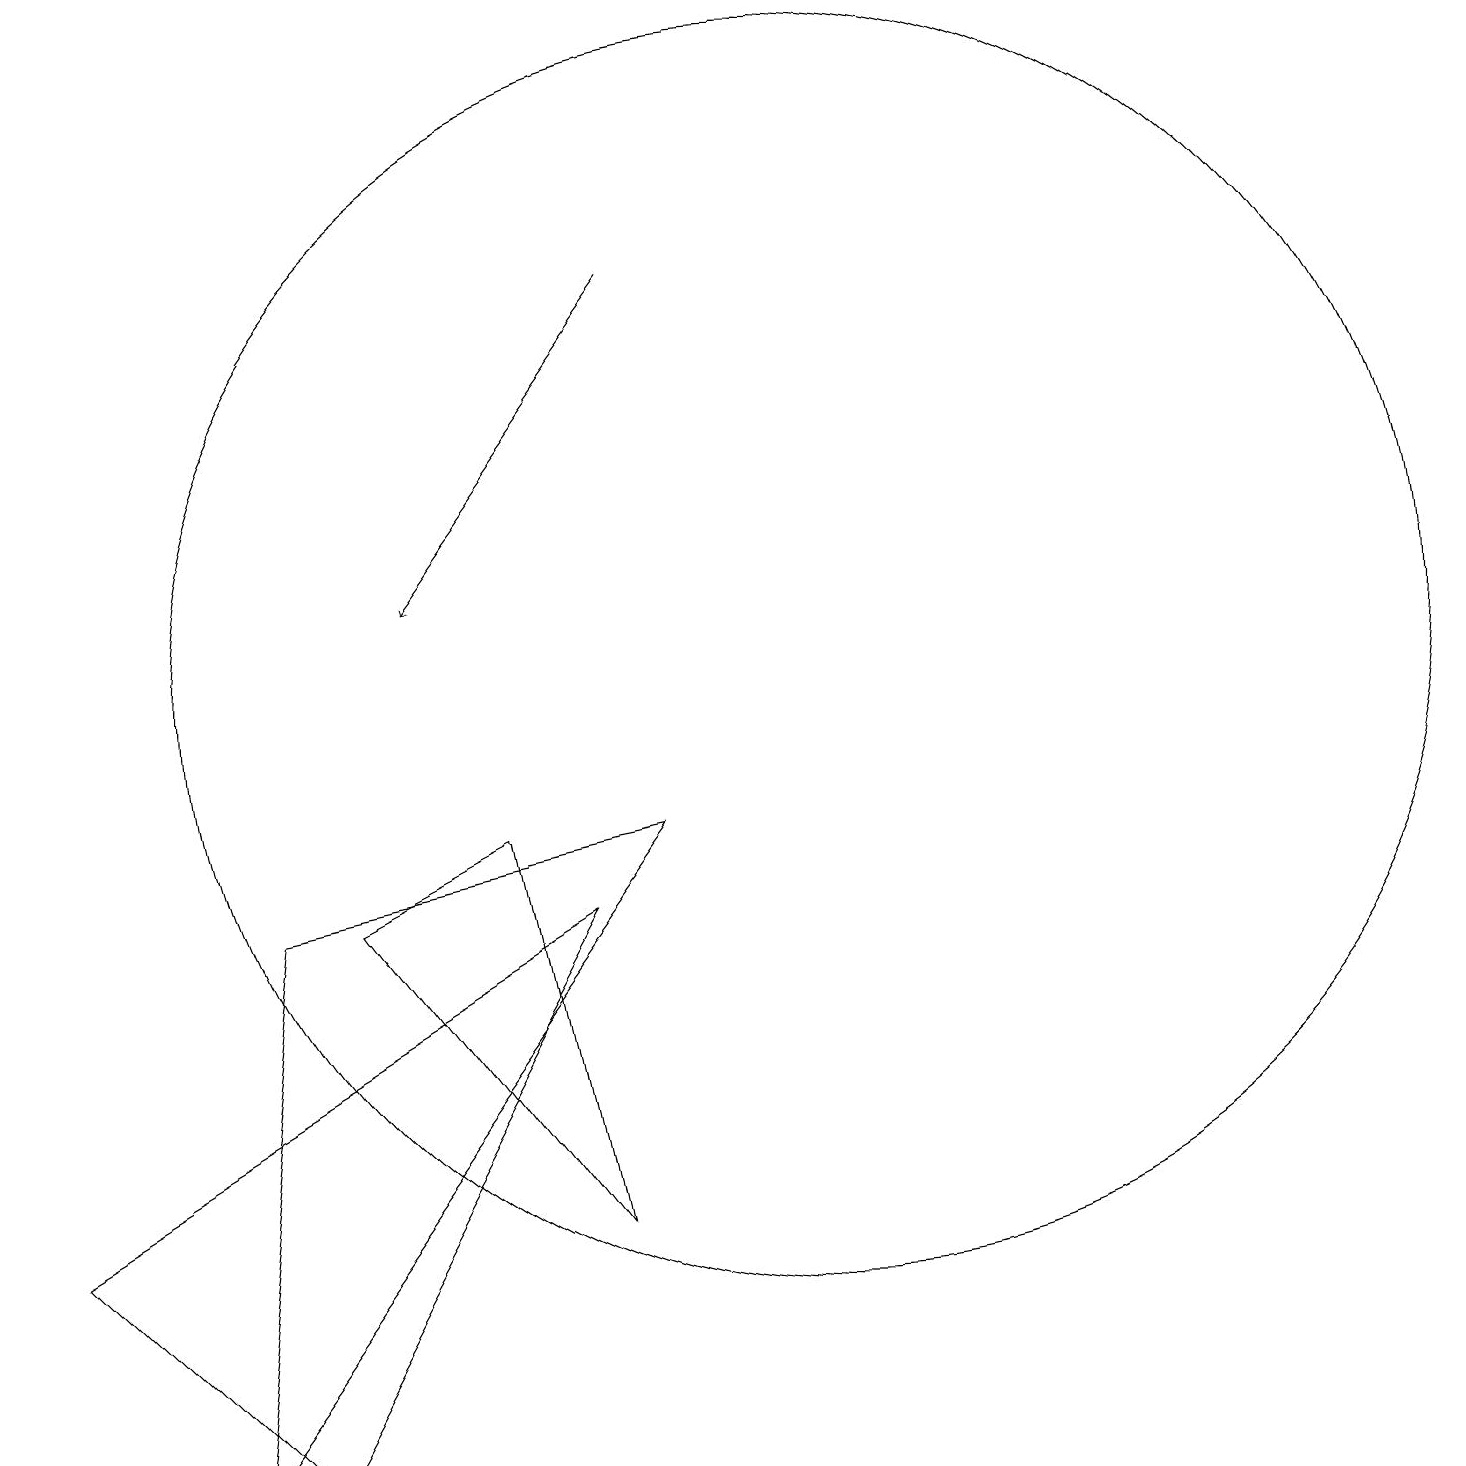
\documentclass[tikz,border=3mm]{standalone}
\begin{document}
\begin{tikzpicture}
\draw (10,11) circle (8);
\draw (0,4) -- (3,1) -- (7,8) -- cycle;
\draw[->] (8,16) -- (5,12);
\draw (8,9) -- (3,8) -- (2,1) -- cycle;
\draw (4,8) -- (7,4) -- (6,9) -- cycle;
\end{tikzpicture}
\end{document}